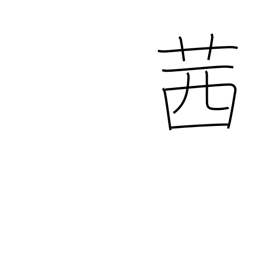
Meaning: red dye